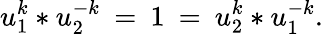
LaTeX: u_{1}^{k}*u_{2}^{-k}\: =\: 1\: =\: u_{2}^{k}*u_{1}^{-k}.